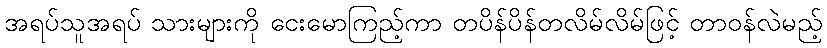
အရပ်သူအရပ် သားများကို ငေးမောကြည့်ကာ တပိန်ပိန်တလိမ်လိမ်ဖြင့် တာဝန်လဲမည့်